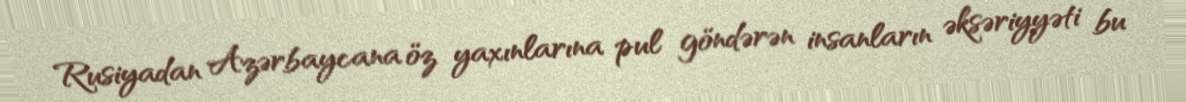
Rusiyadan Azərbaycana öz yaxınlarına pul göndərən insanların əksəriyyəti bu